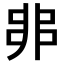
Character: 𠂼